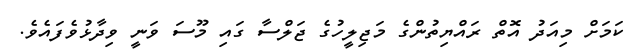
ކަމަށް މިއަދު އޮތް ރައްޔިތުންގެ މަޖިލީހުގެ ޖަލްސާ ގައި މޫސަ ވަނީ ވިދާޅުވެފައެވެ.